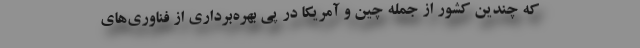
که چندین کشور از جمله چین و آمریکا در پی بهره‌برداری از فناوری‌های